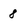
Character: 8